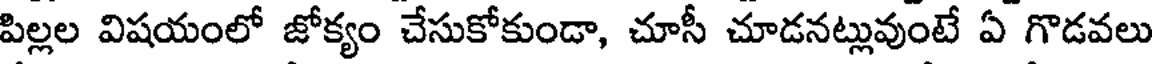
పిల్లల విషయంలో జోక్యం చేసుకోకుండా, చూసీ చూడనట్లువుంటే ఏ గొడవలు